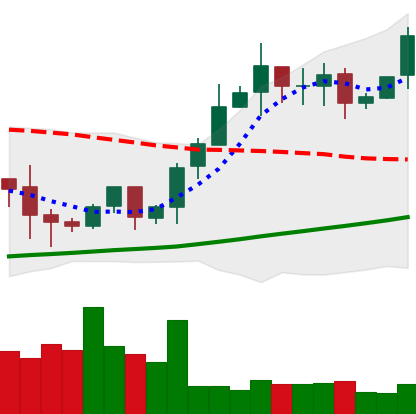
Ticker: BTC-USD
Chart end date: 2020-10-19
Forward return: 11.634%
Label: up_7plus